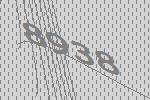
8938